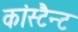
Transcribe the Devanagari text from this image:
कांस्टैन्ट